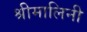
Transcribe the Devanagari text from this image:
श्रीमालिनी